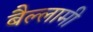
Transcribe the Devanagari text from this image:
बैल्लामी